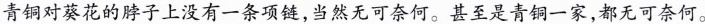
青铜对葵花的脖子上没有一条项链，当然无可奈何。甚至是青铜一家，都无可奈何。